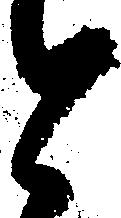
と